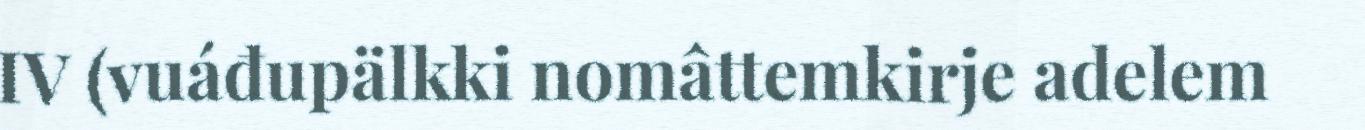
IV (vuáđupälkki nomâttemkirje adelem